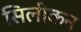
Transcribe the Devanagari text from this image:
सिलीकन